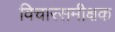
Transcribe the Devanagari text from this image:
विचारसमीक्षक